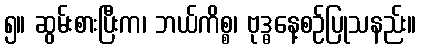
၅။ ဆွမ်းစားပြီးက၊ ဘယ်ကိစ္စ၊ ဗုဒ္ဓနေ့စဉ်ပြုသနည်း။